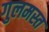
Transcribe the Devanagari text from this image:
गुलमस्त